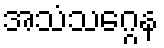
အသံသဂ္ဂေန